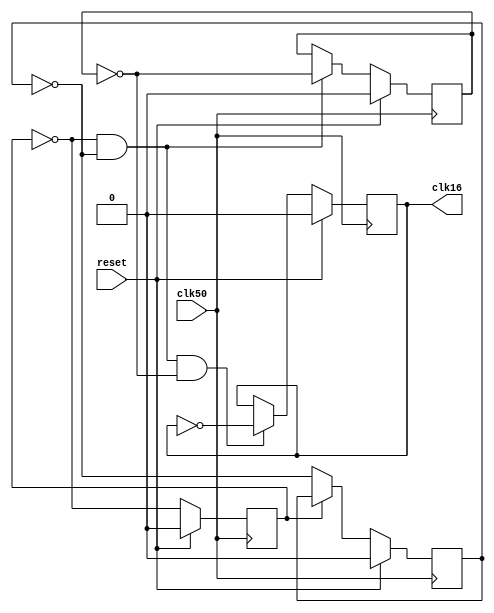
module clk16 (
	input reset,
	input clk50,
	output reg clk16
);


reg clk2;
reg clk4;
reg clk8;
//reg clk16;





//assign clk3 = clk16;


always@(posedge clk50) 
begin 
	
	clk2 <= reset ? 1'b0 : ~clk2;
end

always@(posedge clk50)
begin 
		clk4 <= reset ? 1'b0 : 
			 ~clk2 ? ~clk4 : clk4;
end

always @(posedge clk50)
	clk8 <= reset ? 1'b0 :
		(~clk2 & ~clk4) ? ~clk8 : clk8;

always@(posedge clk50)
	clk16 <= reset ? 1'b0 :
		(~clk2 & ~clk4 & ~clk8) ? ~clk16 : clk16;

endmodule